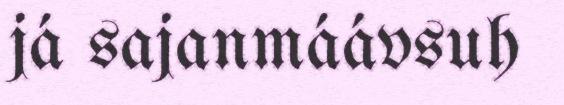
já sajanmáávsuh